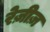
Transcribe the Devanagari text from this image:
रेज़ीज़